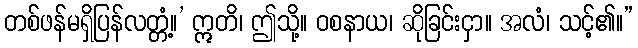
တစ်ဖန်မရှိပြန်လတ္တံ့။’ ဣတိ၊ ဤသို့။ ဝစနာယ၊ ဆိုခြင်းငှာ။ အလံ၊ သင့်၏။”